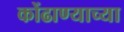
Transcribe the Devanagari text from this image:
कोंढाण्याच्या